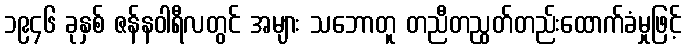
၁၉၄၆ ခုနှစ် ဇန်နဝါရီလတွင် အများ သဘောတူ တညီတညွတ်တည်းထောက်ခံမှုဖြင့်